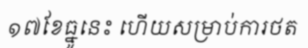
១៧ខែធ្នូនេះ ហើយសម្រាប់ការថត